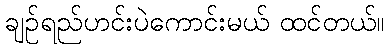
ချဉ်ရည်ဟင်းပဲကောင်းမယ် ထင်တယ်။